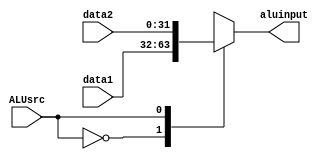
`timescale 1ns / 1ps
//////////////////////////////////////////////////////////////////////////////////
// Company: 
// Engineer: 
// 
// Design Name: 
// Module Name:    ALUsrcmux 
// Project Name: 
// Target Devices: 
// Tool versions: 
// Description: 
//
// Dependencies: 
//
// Revision: 
// Revision 0.01 - File Created
// Additional Comments: 
//
//////////////////////////////////////////////////////////////////////////////////
module ALUsrcmux(
    input [31:0] data1,
    input [31:0] data2,
    input ALUsrc,
    output reg [31:0] aluinput
    );
always @(*)
begin
case(ALUsrc)
0: aluinput = data1;
1: aluinput = data2;
endcase
end

endmodule